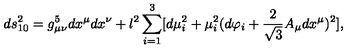
d s _ { 1 0 } ^ { 2 } = g _ { \mu \nu } ^ { 5 } d x ^ { \mu } d x ^ { \nu } + l ^ { 2 } \sum _ { i = 1 } ^ { 3 } [ d \mu _ { i } ^ { 2 } + \mu _ { i } ^ { 2 } ( d \varphi _ { i } + \frac { 2 } { \sqrt { 3 } } A _ { \mu } d x ^ { \mu } ) ^ { 2 } ] ,